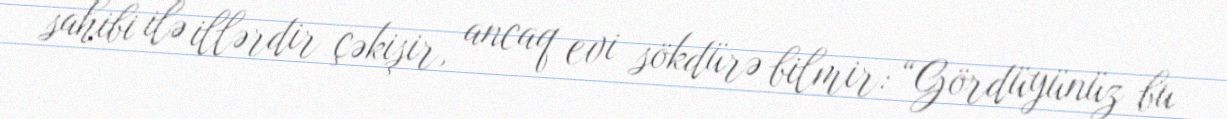
sahibi ilə illərdir çəkişir, ancaq evi sökdürə bilmir: “Gördüyünüz bu